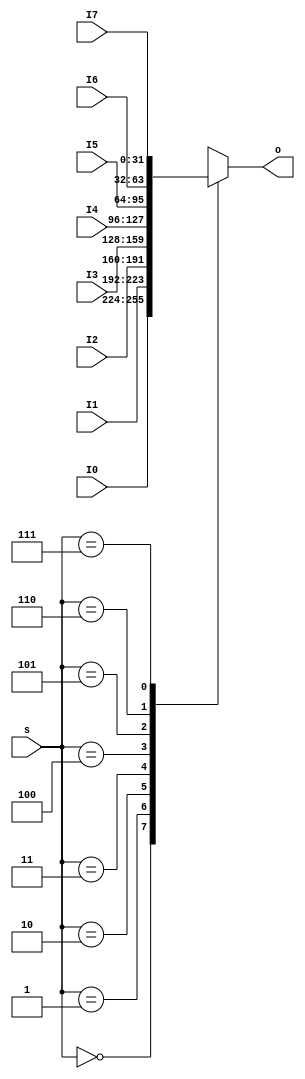
`timescale 1ns / 1ps
//////////////////////////////////////////////////////////////////////////////////
// Company: 
// Engineer: 
// 
// Design Name: 
// Module Name:    MUX8T1_32 
// Project Name: 
// Target Devices: 
// Tool versions: 
// Description: 
//
// Dependencies: 
//
// Revision: 
// Revision 0.01 - File Created
// Additional Comments: 
//
//////////////////////////////////////////////////////////////////////////////////
module  MUX8T1_32(input [2:0]s,
						input [31:0]I0,
						input [31:0]I1,
						input [31:0]I2,
						input [31:0]I3,
						input [31:0]I4,
						input [31:0]I5,
						input [31:0]I6,
						input [31:0]I7,
						
						output reg[31:0]o
						);

		always@*
			case(s)
				3'b000: o = I0;
				3'b001: o = I1;
				3'b010: o = I2;
				3'b011: o = I3;
				3'b100: o = I4;
				3'b101: o = I5;
				3'b110: o = I6;
				3'b111: o = I7;
			endcase
			
endmodule